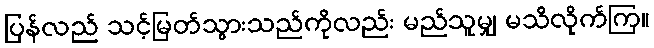
ပြန်လည် သင့်မြတ်သွားသည်ကိုလည်း မည်သူမျှ မသိလိုက်ကြ။